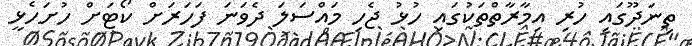
ތިނަދޫގައި ހުރި އިމާރާތްތަކުގައި ހުޅު ޖެހި މައްސަލަ ދެވަނަ ފަހަރަށް ކޯޓަށް ހުށަހެޅީ